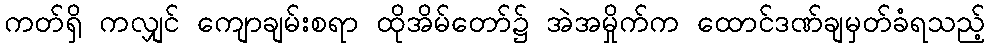
ကတ်ရှိ ကလျှင် ကျောချမ်းစရာ ထိုအိမ်တော်၌ အဲအမှိုက်က ထောင်ဒဏ်ချမှတ်ခံရသည့်